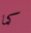
كما